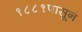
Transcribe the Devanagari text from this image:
१८८१पासून